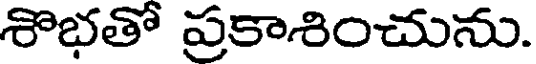
శొభతో ప్రకాశించును.